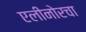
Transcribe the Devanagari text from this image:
एलीनोरचा